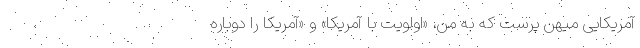
آمریکایی میهن پرست که به من، «اولویت با آمریکا» و «آمریکا را دوباره